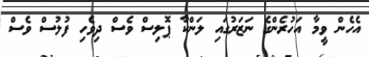
އެހެން ވީމާ އަހުރެންގެ ނަޒަރުގައި ލަންކާ ޕޮލިސް ވެސް ދިވެހި ފުލުސް ވެސް